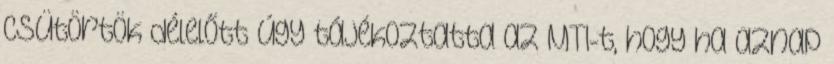
csütörtök délelőtt úgy tájékoztatta az MTI-t, hogy ha aznap